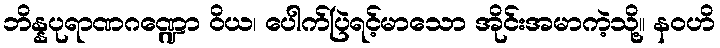
ဘိန္နပုရာဏဂဏ္ဍော ဝိယ၊ ပေါက်ပြဲရင့်မာသော အိုင်းအမာကဲ့သို့။ နဝဟိ